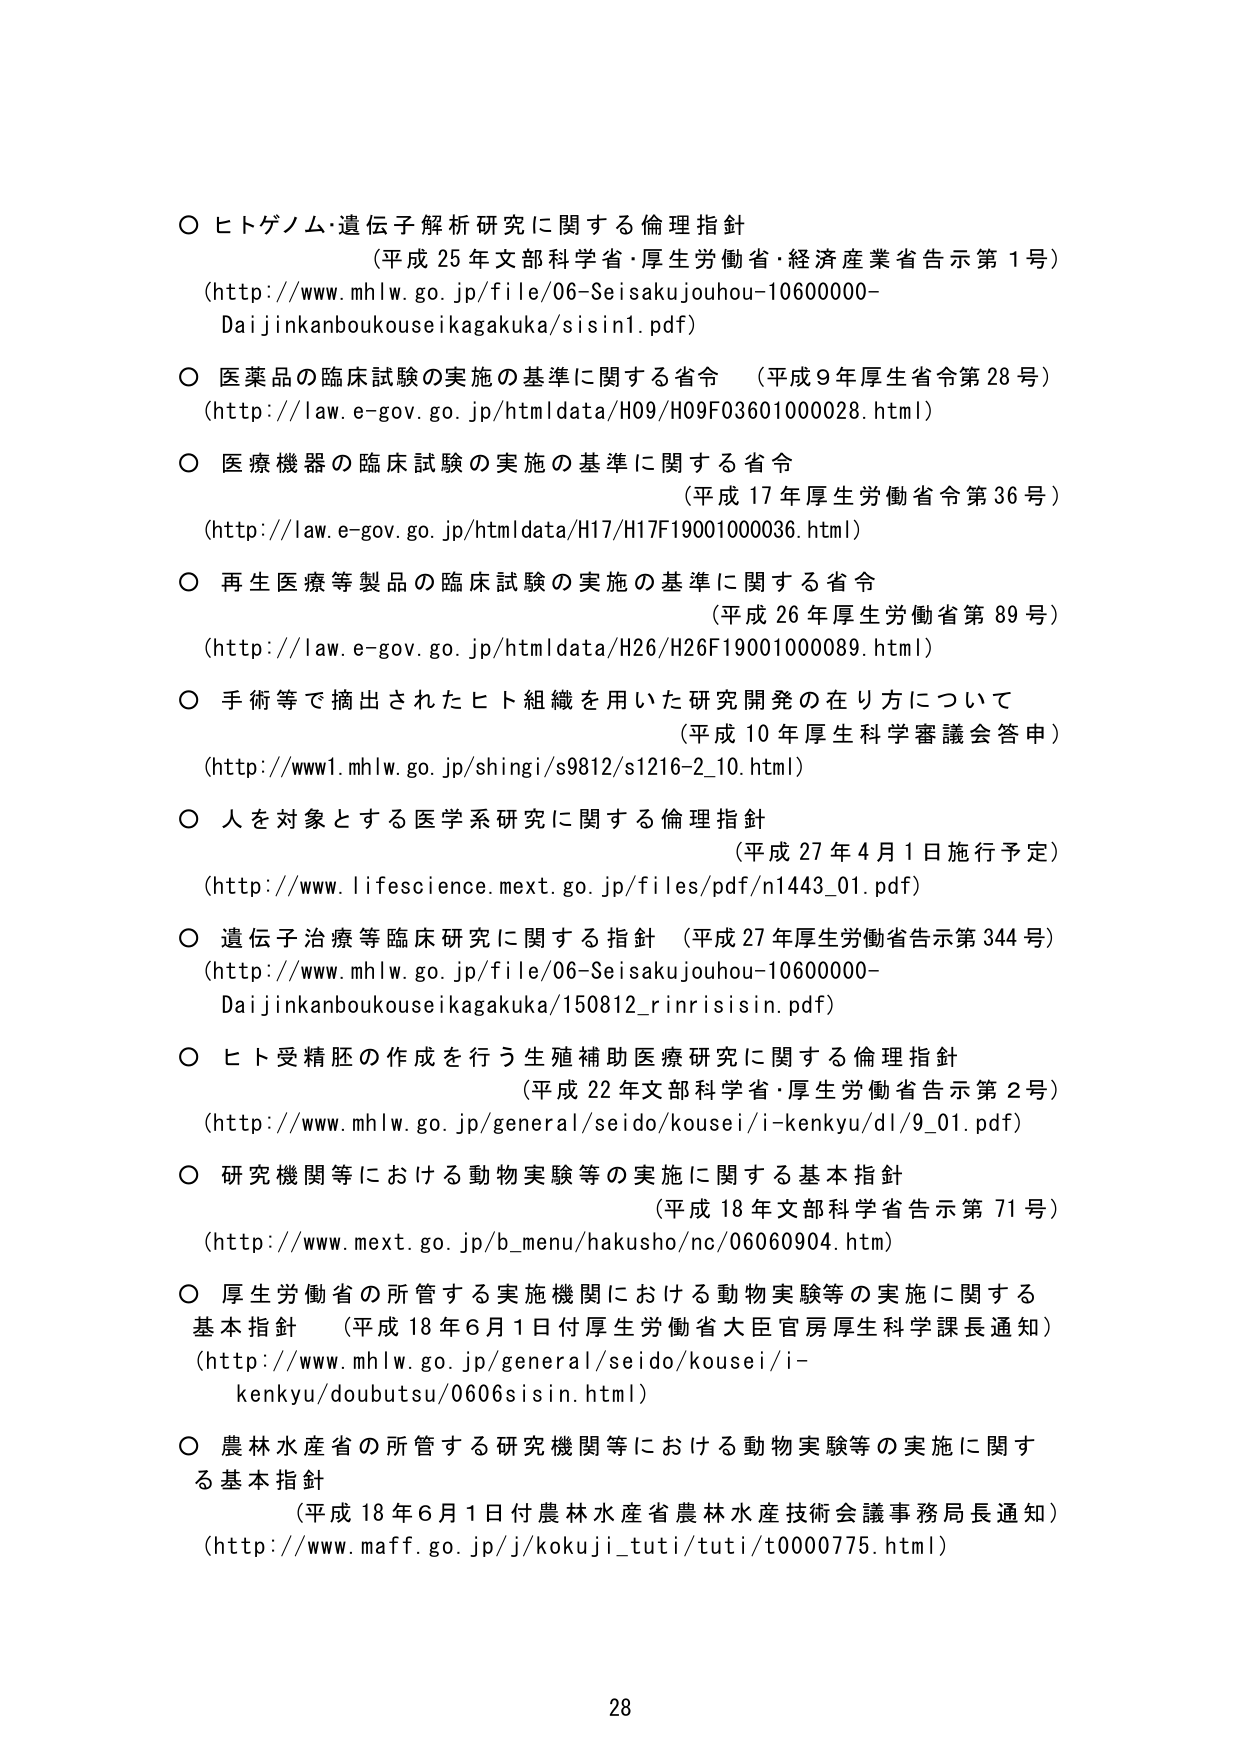
○ ヒトゲノム・遺伝子解析研究に関する倫理指針
（平成25年文部科学省・厚生労働省・経済産業省告示第1号）
(http://www.mhlw.go.jp/file/06-Seisakujouhou-10600000-Daijinkanboukouseikagakuka/sisin1.pdf)

○ 医薬品の臨床試験の実施の基準に関する省令 （平成9年厚生省令第28号）
(http://law.e-gov.go.jp/htmldata/H09/H09F03601000028.html)

○ 医療機器の臨床試験の実施の基準に関する省令
（平成17年厚生労働省令第36号）
(http://law.e-gov.go.jp/htmldata/H17/H17F19001000036.html)

○ 再生医療等製品の臨床試験の実施の基準に関する省令
（平成26年厚生労働省令第89号）
(http://law.e-gov.go.jp/htmldata/H26/H26F19001000089.html)

○ 手術等で摘出されたヒト組織を用いた研究開発の在り方について
（平成10年厚生科学審議会答申）
(http://www1.mhlw.go.jp/shingi/s9812/s1216-2_10.html)

○ 人を対象とする医学系研究に関する倫理指針
（平成27年4月1日施行予定）
(http://www.lifescience.mext.go.jp/files/pdf/n1443_01.pdf)

○ 遺伝子治療等臨床研究に関する指針 （平成27年厚生労働省告示第344号）
(http://www.mhlw.go.jp/file/06-Seisakujouhou-10600000-Daijinkanboukouseikagakuka/150812_rinrisisin.pdf)

○ ヒト受精胚の作成を行う生殖補助医療研究に関する倫理指針
（平成22年文部科学省・厚生労働省告示第2号）
(http://www.mhlw.go.jp/general/seido/kousei/i-kenkyu/dl/9_01.pdf)

○ 研究機関等における動物実験等の実施に関する基本指針
（平成18年文部科学省告示第71号）
(http://www.mext.go.jp/b_menu/hakusho/nc/06060904.htm)

○ 厚生労働省の所管する実施機関における動物実験等の実施に関する基本指針
（平成18年6月1日付厚生労働省大臣官房厚生科学課長通知）
(http://www.mhlw.go.jp/general/seido/kousei/i-kenkyu/doubutsu/0606sisin.html)

○ 農林水産省の所管する研究機関等における動物実験等の実施に関する基本指針
（平成18年6月1日付農林水産省農林水産技術会議事務局長通知）
(http://www.maff.go.jp/j/kokuji_tuti/tuti/t0000775.html)

28